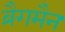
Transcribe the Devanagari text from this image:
ब्रैगमैन